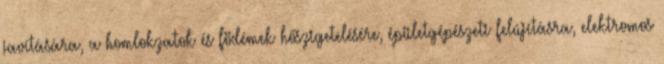
javítására, a homlokzatok és födémek hőszigetelésére, épületgépészeti felújításra, elektromos